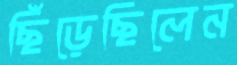
ছিঁড়েছিলেন